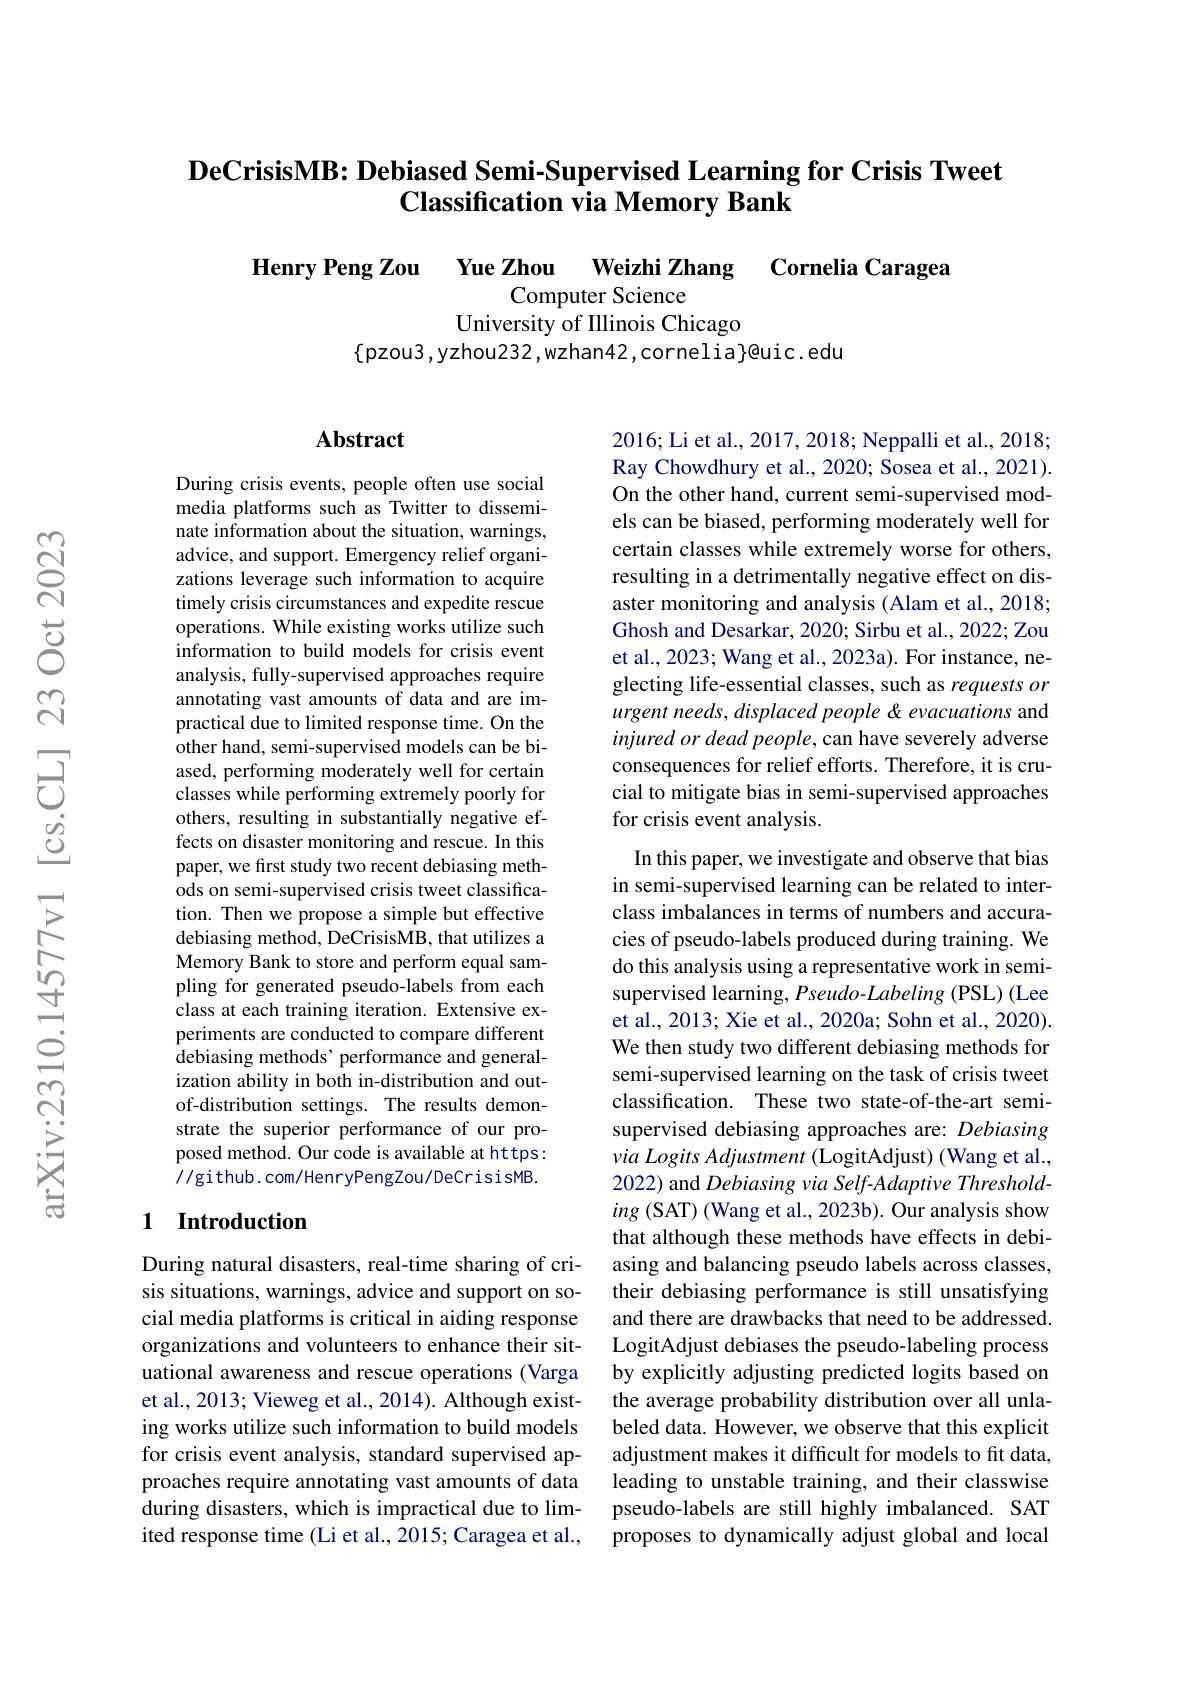
## $\textbf{DeCrisisMB: Debiased Semi- Supervised Learning for Crisis Tweet}$ $\textbf{Classification via Memory Bank}$

Henry Peng Zou Yue Zhou Weizhi Zhang Cornelia Caragea Computer Science
University of Illinois Chicago
$\{$pzou3,yzhou232,wzhan42,cornelia$\}$@uic.edu

## Abstract

2016; Li et al., 2017, 2018; Neppalli et al., 2018; Ray Chowdhury et al., 2020; Sosea et al., 2021). On the other hand, current semi-supervised models can be biased, performing moderately well for certain classes while extremely worse for others, resulting in a detrimentally negative effect on disaster monitoring and analysis (Alam et al., 2018; Ghosh and Desarkar, 2020; Sirbu et al., 2022; Zou et al., 2023; Wang et al., 2023a). For instance, neglecting life-essential classes, such as requests or urgent needs, displaced people & evacuations and injured or dead people, can have severely adverse consequences for relief efforts. Therefore, it is crucial to mitigate bias in semi-supervised approaches for crisis event analysis.

During crisis events, people often use social media platforms such as Twitter to disseminate information about the situation, warnings, advice, and support. Emergency relief organizations leverage such information to acquire timely crisis circumstances and expedite rescue operations. While existing works utilize such information to build models for crisis event analysis, fully-supervised approaches require annotating vast amounts of data and are impractical due to limited response time. On the other hand, semi-supervised models can be biased, performing moderately well for certain classes while performing extremely poorly for others, resulting in substantially negative effects on disaster monitoring and rescue. In this paper, we first study two recent debiasing methods on semi-supervised crisis tweet classification. Then we propose a simple but effective debiasing method, DeCrisisMB, that utilizes a Memory Bank to store and perform equal sampling for generated pseudo-labels from each class at each training iteration. Extensive experiments are conducted to compare different $\hat{\text{debiasing methods' performance and general-}}$ ization ability in both in-distribution and outof-distribution settings. The results demonstrate the superior performance of our proposed method. Our code is available at https: //github. com/HenryPengZou/DeCrisisMB.

In this paper, we investigate and observe that bias in semi-supervised learning can be related to interclass imbalances in terms of numbers and accuracies of pseudo-labels produced during training. We do this analysis using a representative work in semisupervised learning, Pseudo- Labeling (PSL) (Lee et al., 2013; Xie et al., 2020a; Sohn et al., 2020). We then study two different debiasing methods for semi-supervised learning on the task of crisis tweet classification. These two state-of-the-art semisupervised debiasing approaches are: Debiasing via Logits Adjustment (LogitAdjust) (Wang et al., 2022) and Debiasing via Self-Adaptive Thresholding ( SAT) ( Wang et al. , 2023b) . Our analysis show that although these methods have effects in debiasing and balancing pseudo labels across classes, their debiasing performance is still unsatisfying and there are drawbacks that need to be addressed. LogitAdjust debiases the pseudo-labeling process by explicitly adjusting predicted logits based on the average probability distribution over all unlabeled data. However, we observe that this explicit adjustment makes it difficult for models to fit data, leading to unstable training, and their classwise pseudo-labels are still highly imbalanced. SAT proposes to dynamically adjust global and local

## 1 Introduction

During natural disasters, real-time sharing of crisis situations, warnings, advice and support on social media platforms is critical in aiding response organizations and volunteers to enhance their situational awareness and rescue operations (Varga et al., 2013; Vieweg et al., 2014). Although existing works utilize such information to build models for crisis event analysis, standard supervised approaches require annotating vast amounts of data during disasters, which is impractical due to limited response time (Li et al., 2015; Caragea et al.,